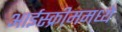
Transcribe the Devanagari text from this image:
आईस्क्रीममध्ये